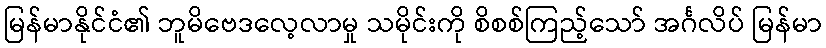
မြန်မာနိုင်ငံ၏ ဘူမိဗေဒလေ့လာမှု သမိုင်းကို စိစစ်ကြည့်သော် အင်္ဂလိပ် မြန်မာ